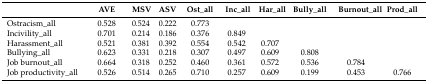
|  | AVE | MSV | ASV | Ost_all | Inc_all | Har_all | Bully_all | Burnout_all | Prod_all |
 | --- | --- | --- | --- | --- | --- | --- | --- | --- | --- |
 | Ostracism_all | 0.528 | 0.524 | 0.222 | 0.773 |  |  |  |  |  |
 | Incivility_all | 0.701 | 0.214 | 0.186 | 0.376 | 0.849 |  |  |  |  |
 | Harassment_all | 0.521 | 0.381 | 0.392 | 0.554 | 0.542 | 0.707 |  |  |  |
 | Bullying_all | 0.623 | 0.331 | 0.218 | 0.307 | 0.497 | 0.609 | 0.808 |  |  |
 | Job burnout_all | 0.664 | 0.318 | 0.252 | 0.460 | 0.361 | 0.572 | 0.536 | 0.784 |  |
 | Job productivity_all | 0.526 | 0.514 | 0.265 | 0.710 | 0.257 | 0.609 | 0.199 | 0.453 | 0.766 |